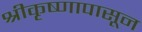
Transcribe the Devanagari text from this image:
श्रीकृष्णापासून